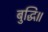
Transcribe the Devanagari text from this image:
बुद्धि॥